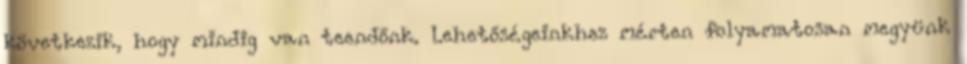
következik, hogy mindig van teendőnk. Lehetőségeinkhez mérten folyamatosan megyünk